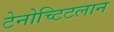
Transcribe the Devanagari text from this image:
टेनोच्टिटलान